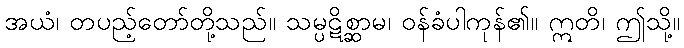
အယံ၊ တပည့်တော်တို့သည်။ သမ္ပဋိစ္ဆာမ၊ ဝန်ခံပါကုန်၏။ ဣတိ၊ ဤသို့။